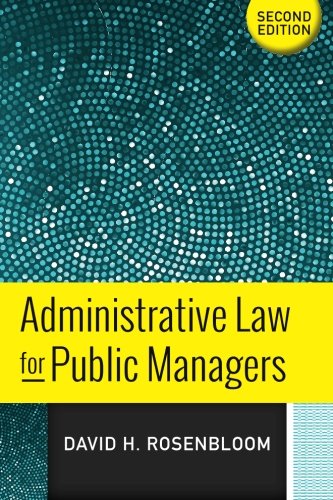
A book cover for Administrative Law for Public Managers; David H Rosenbloom; Law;